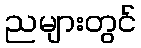
ညများတွင်